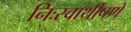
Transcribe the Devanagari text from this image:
निःस्वार्थीपणे